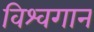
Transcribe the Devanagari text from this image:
विश्वगान